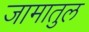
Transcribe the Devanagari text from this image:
जामातुल